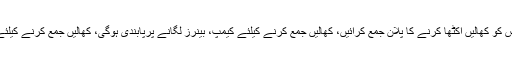
اجازت نامے کے حامل افراد ڈپٹی کمشنر آفس کو کھالیں اکٹھا کرنے کا پلان جمع کرائیں، کھالیں جمع کرنے کیلئے کیمپ، بینرز لگانے پرپابندی ہوگی، کھالیں جمع کرنے کیلئے لائوڈ اسپیکر کے استعمال پر پابندی ہوگی۔